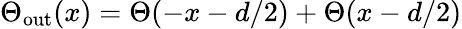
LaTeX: \Theta_{\mathrm{out}}(x)=\Theta(-x-d/2)+\Theta(x-d/2)